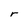
Character: r